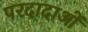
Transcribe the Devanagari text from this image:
परदादाओं